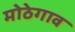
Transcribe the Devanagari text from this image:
मोठेगाव